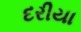
દરીયા